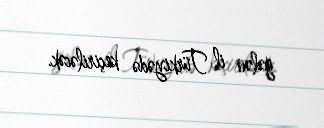
gələn il Türkiyədə keçiriləcək.